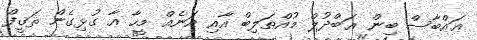
ޢައްބާސް ބިން ޢަބްދުލް މުއްޠަލިބް އާއި އަނެއް މީހާ އާ ގުޅިގެން ޘަޤީފް